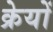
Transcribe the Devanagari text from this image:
क्रेयों